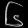
Digit: ၆